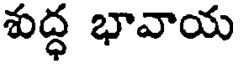
శుద్ధ భావాయ